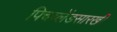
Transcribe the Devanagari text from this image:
पिचब्लेंडसारखी